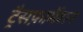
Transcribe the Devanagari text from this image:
ट्रैसफ़ार्मेशन